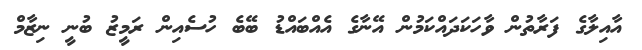
އާއިލާގެ ފަރާތުން ވާހަކަދައްކަމުން އޭނާގެ އެއްބައްޑު ބޭބެ ހުސެެއިން ރަމީޒު ބުނީ ނިޒާމް